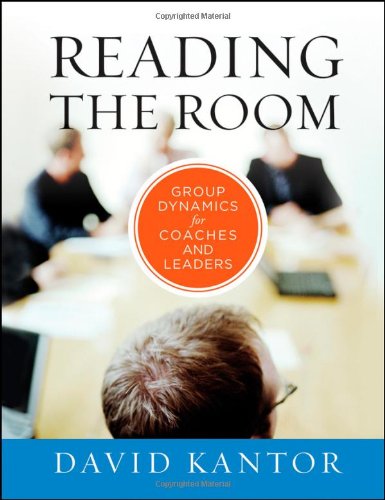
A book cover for Reading the Room: Group Dynamics for Coaches and Leaders; David Kantor; Business & Money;